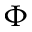
\Phi